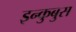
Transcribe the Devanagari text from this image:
इन्कुबुस